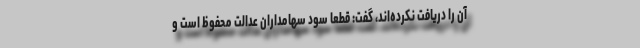
آن را دریافت نکرده‌اند، گفت: قطعاً سود سهامداران عدالت محفوظ است و